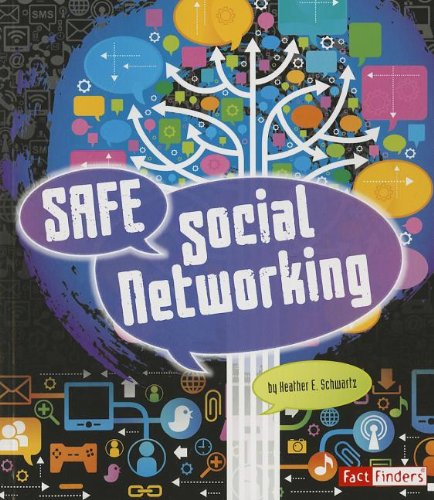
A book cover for Safe Social Networking (Tech Safety Smarts); Heather E. Schwartz; Children's Books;